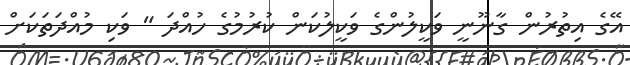
އޭގެ އިތުރުން ގާނޫނީ ވަކީލުންގެ ވަކީލުކަން ކުރުމުގެ ހުއްދަ " ވަކި މުއްދަތަކަށް